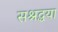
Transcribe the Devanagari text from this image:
सश्रद्धया